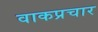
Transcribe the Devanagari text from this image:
वाकप्रचार